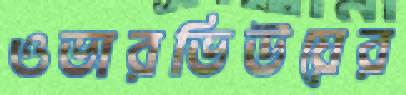
ওভারভিউয়ের